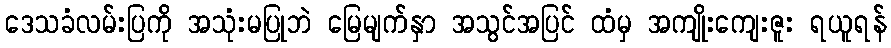
ဒေသခံလမ်းပြကို အသုံးမပြုဘဲ မြေမျက်နှာ အသွင်အပြင် ထံမှ အကျိုးကျေးဇူး ရယူရန်